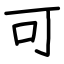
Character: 可